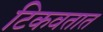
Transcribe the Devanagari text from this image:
टिकवतात